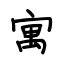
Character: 寓